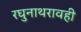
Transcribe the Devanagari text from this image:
रघुनाथरावही